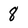
Character: 8